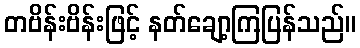
တဗိန်းဗိန်းဖြင့် နတ်ချော့ကြပြန်သည်။